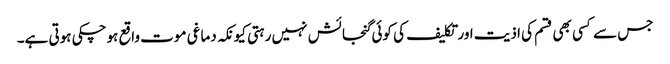
جس سے کسی بھی قسم کی اذیت اور تکلیف کی کوئی گنجائش نہیں رہتی کیونکہ دماغی موت واقع ہوچکی ہوتی ہے۔